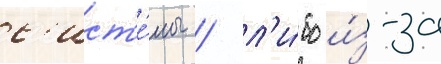
с'ист'е́мы / л'и́бо и́з-за